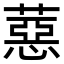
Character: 𦼇